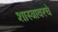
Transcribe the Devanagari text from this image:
शास्त्रावरचे